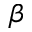
\beta